Annual administration report of the Civil Veterinary Department of India - 1895-1896
Year: 1895
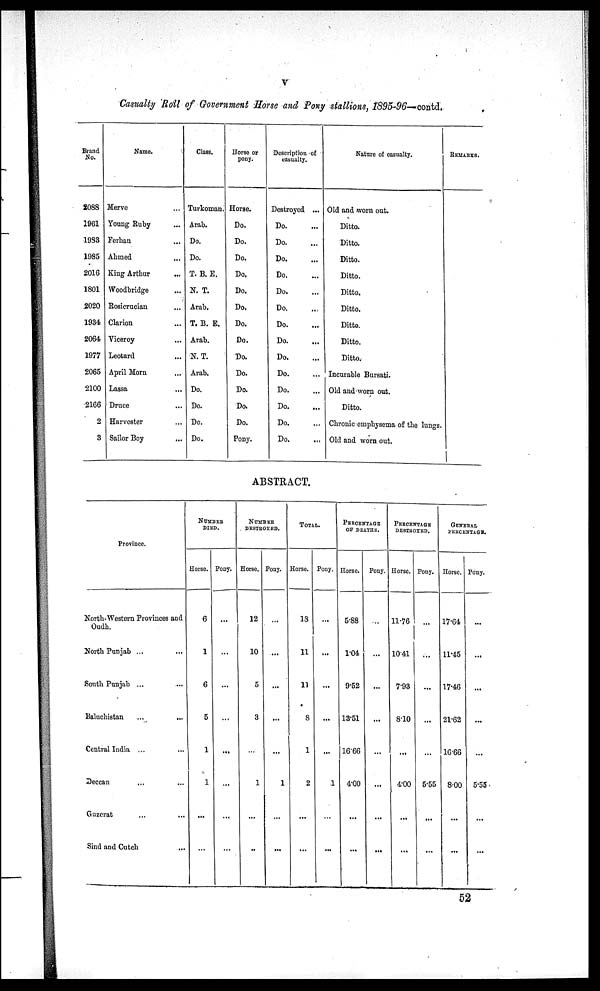
V
Casualty Roll of Government Horse and Pony stallions, 1895-96-contd.
Brand
No.
2088
1961
1983
1985
2016
1801
2020
1934
2064
1977
2065
2100
2166
2
3
Name.
Merve ...
Young Ruby ...
Ferhau ...
Ahmed ...
King Arthur
...
Woodbridge ...
Rosicrucian ...
Clarion ...
Viceroy ...
Leotard ...
April Morn ...
Lassa ...
Druce ...
Harvester ...
Sailor Boy ...
Class.
Turkoman.
Arab.
Do.
Do.
T. B. E.
N. T.
Arab.
T. B. E.
Arab.
N. T.
Arab.
Do.
Do.
Do.
Do.
Horse or
pony.
Horse.
Do.
Do.
Do.
Do.
Do.
Do.
Do.
Do.
Do.
Do.
Do.
Do.
Do.
Pony.
Description of
casualty.
Destroyed ...
Do. ...
Do. ...
Do. ...
Do. ...
Do. ...
Do. ...
Do. ...
Do. ...
Do. ...
Do. ...
Do. ...
Do. ...
Do. ...
Do ....
Nature of casualty.
Old and worn out.
Ditto.
Ditto.
Ditto.
Ditto.
Ditto.
Ditto.
Ditto.
Ditto.
Ditto.
Incurable Bursati.
Old and worn out.
Ditto.
Chronic emphysema of the lungs.
Old and worn out.
REMARKS.
ABSTRACT.
Province.
North-Western Provinces and
Oudh.
North Punjab ... ...
South Punjab ... ...
Baluchistan ... ...
Central India ... ...
Deccan ... ...
Guzerat ... ...
Sind and Cutch ...
NUMBER
DIED.
Horse.
6
1
6
5
1
1
...
...
Pony.
...
...
...
...
...
...
...
...
NUMBER
DESTROYED.
Horse.
12
10
5
3
...
1
...
..
Pony.
...
...
...
...
...
1
...
...
TOTAL
Horse.
18
11
11
8
1
2
...
...
Pony.
...
...
...
...
...
1
...
...
PERCENTAGE
OF DEATHS.
Horse.
5.88
1.04
9.52
13.51
16.66
4.00
...
...
Pony.
...
...
...
...
...
...
...
...
PERCENTAGE
DESTROYED.
Horse.
11.76
10.41
7.93
8.10
...
4.00
...
...
Pony.
...
...
...
...
...
5.55
...
...
GENERAL
PERCENTAGE.
Horse.
17.64
11.45
17.46
21.62
16.66
8.00
...
...
Pony.
...
...
...
...
...
5.55
...
...
52